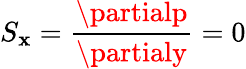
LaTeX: S_{\mathbf{x}}=\frac{{\partialp}}{{\partialy}}=0